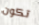
تكون